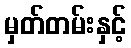
မှတ်တမ်းနှင့်